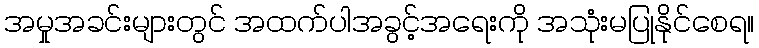
အမှုအခင်းများတွင် အထက်ပါအခွင့်အရေးကို အသုံးမပြုနိုင်စေရ။